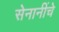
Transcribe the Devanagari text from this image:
सेनानींचे